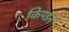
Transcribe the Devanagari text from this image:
किपइन